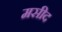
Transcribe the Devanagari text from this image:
मसीद